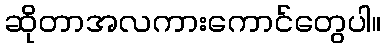
ဆိုတာအလကားကောင်တွေပါ။